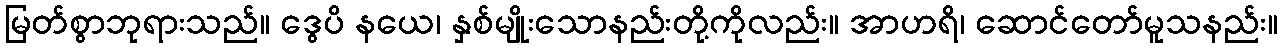
မြတ်စွာဘုရားသည်။ ဒွေပိ နယေ၊ နှစ်မျိုးသောနည်းတို့ကိုလည်း။ အာဟရိ၊ ဆောင်တော်မူသနည်း။